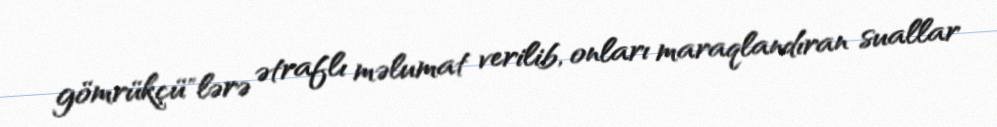
gömrükçü"lərə ətraflı məlumat verilib, onları maraqlandıran suallar